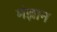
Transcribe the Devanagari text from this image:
मंज्ञान